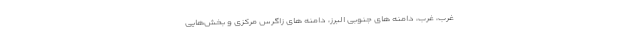
غرب، غرب، دامنه های جنوبی البرز، دامنه های زاگرس مرکزی و بخش‌هایی